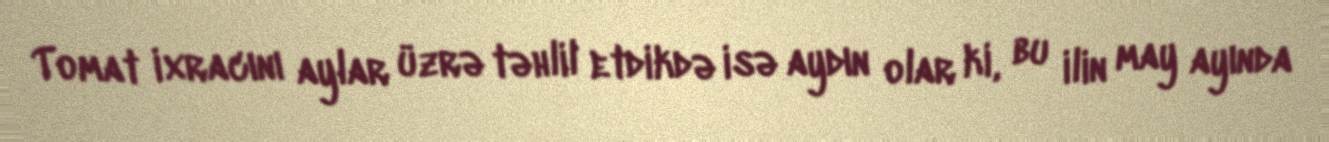
Tomat ixracını aylar üzrə təhlil etdikdə isə aydın olar ki, bu ilin may ayında